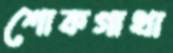
শোকগাথা